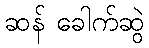
ဆန် ခေါက်ဆွဲ